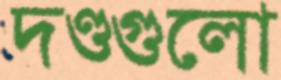
দণ্ডগুলো